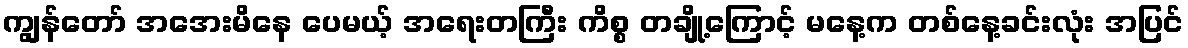
ကျွန်တော် အအေးမိနေ ပေမယ့် အရေးတကြီး ကိစ္စ တချို့ကြောင့် မနေ့က တစ်နေ့ခင်းလုံး အပြင်